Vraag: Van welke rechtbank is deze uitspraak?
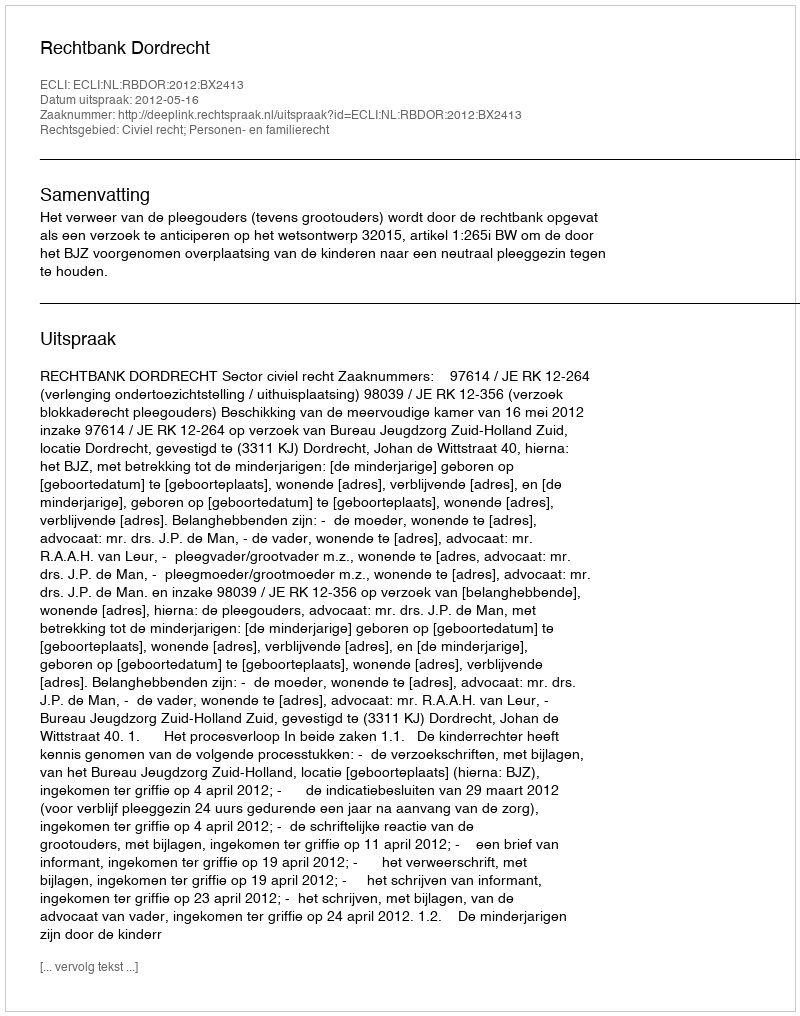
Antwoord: Rechtbank Dordrecht